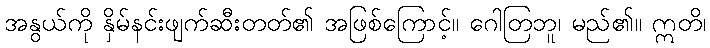
အနွယ်ကို နှိမ်နင်းဖျက်ဆီးတတ်၏ အဖြစ်ကြောင့်။ ဂေါတြဘူ၊ မည်၏။ ဣတိ၊